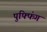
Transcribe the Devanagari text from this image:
पुफ्फिंग